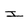
Character: I